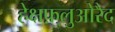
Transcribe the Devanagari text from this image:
हेक्षफ़्लुओरैद